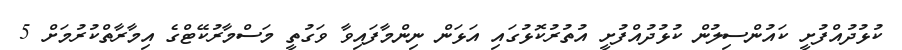
ކުޅުދުއްފުށީ ކައުންސިލުން ކުޅުދުއްފުށީ އުތުރުކޮޅުގައި އަޅަން ނިންމާފައިވާ ވަގުތީ މަސްމާރުކޭޓްގެ އިމާރާތްކުރުމަށް 5